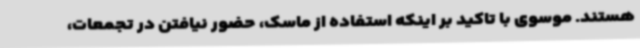
هستند. موسوی با تاکید بر اینکه استفاده از ماسک، حضور نیافتن در تجمعات،